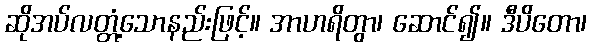
ဆိုအပ်လတ္တံ့သောနည်းဖြင့်။ အာဟရိတွာ၊ ဆောင်၍။ ဒီပိတော၊